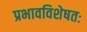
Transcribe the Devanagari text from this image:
प्रभावविशेषतः